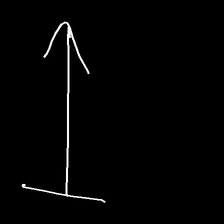
Glyph: levitation